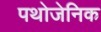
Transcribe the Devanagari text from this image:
पथोजेनिक